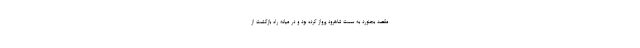
مقصد بجنورد به سمت شاهرود پرواز کرده بود و در میانه راه بازگشت از